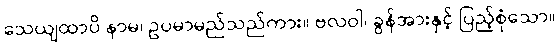
သေယျထာပိ နာမ၊ ဥပမာမည်သည်ကား။ ဗလဝါ၊ ခွန်အားနှင့် ပြည့်စုံသော။